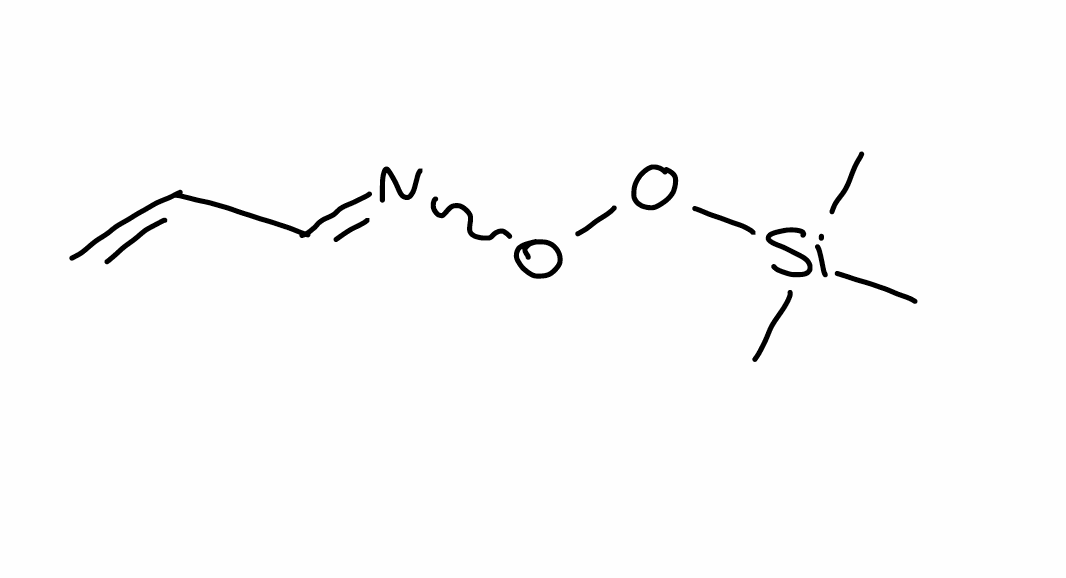
Simplified molecular-input line-entry system (SMILES) notation of the given molecule:
C[Si](C)(C)OON=CC=C